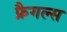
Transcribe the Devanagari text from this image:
फ्रैगल्स